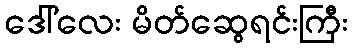
ဒေါ်လေး မိတ်ဆွေရင်းကြီး